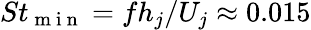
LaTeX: St_{\mathrm{~m~i~n~}}=fh_{j}/U_{j}\approx 0.015